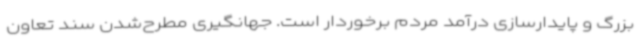
بزرگ و پایدارسازی درآمد مردم برخوردار است. جهانگیری مطرح‌شدن سند تعاون